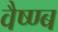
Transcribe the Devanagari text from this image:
वैष्ण्ब